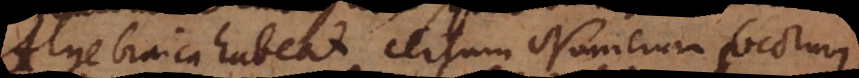
Algebraica habeat certum Numerum focorum.